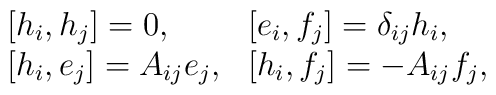
\begin{array}{ll} [h_i,h_j]=0,& [e_i,f_j]=\delta_{ij}h_i,            \\\mbox{$[$} h_{i},e_{j}\mbox{$]$}= A_{ij}e_{j}, &\mbox{$[$} h_{i},f_{j}\mbox{$]$}=-A_{ij}f_{j},\end{array}